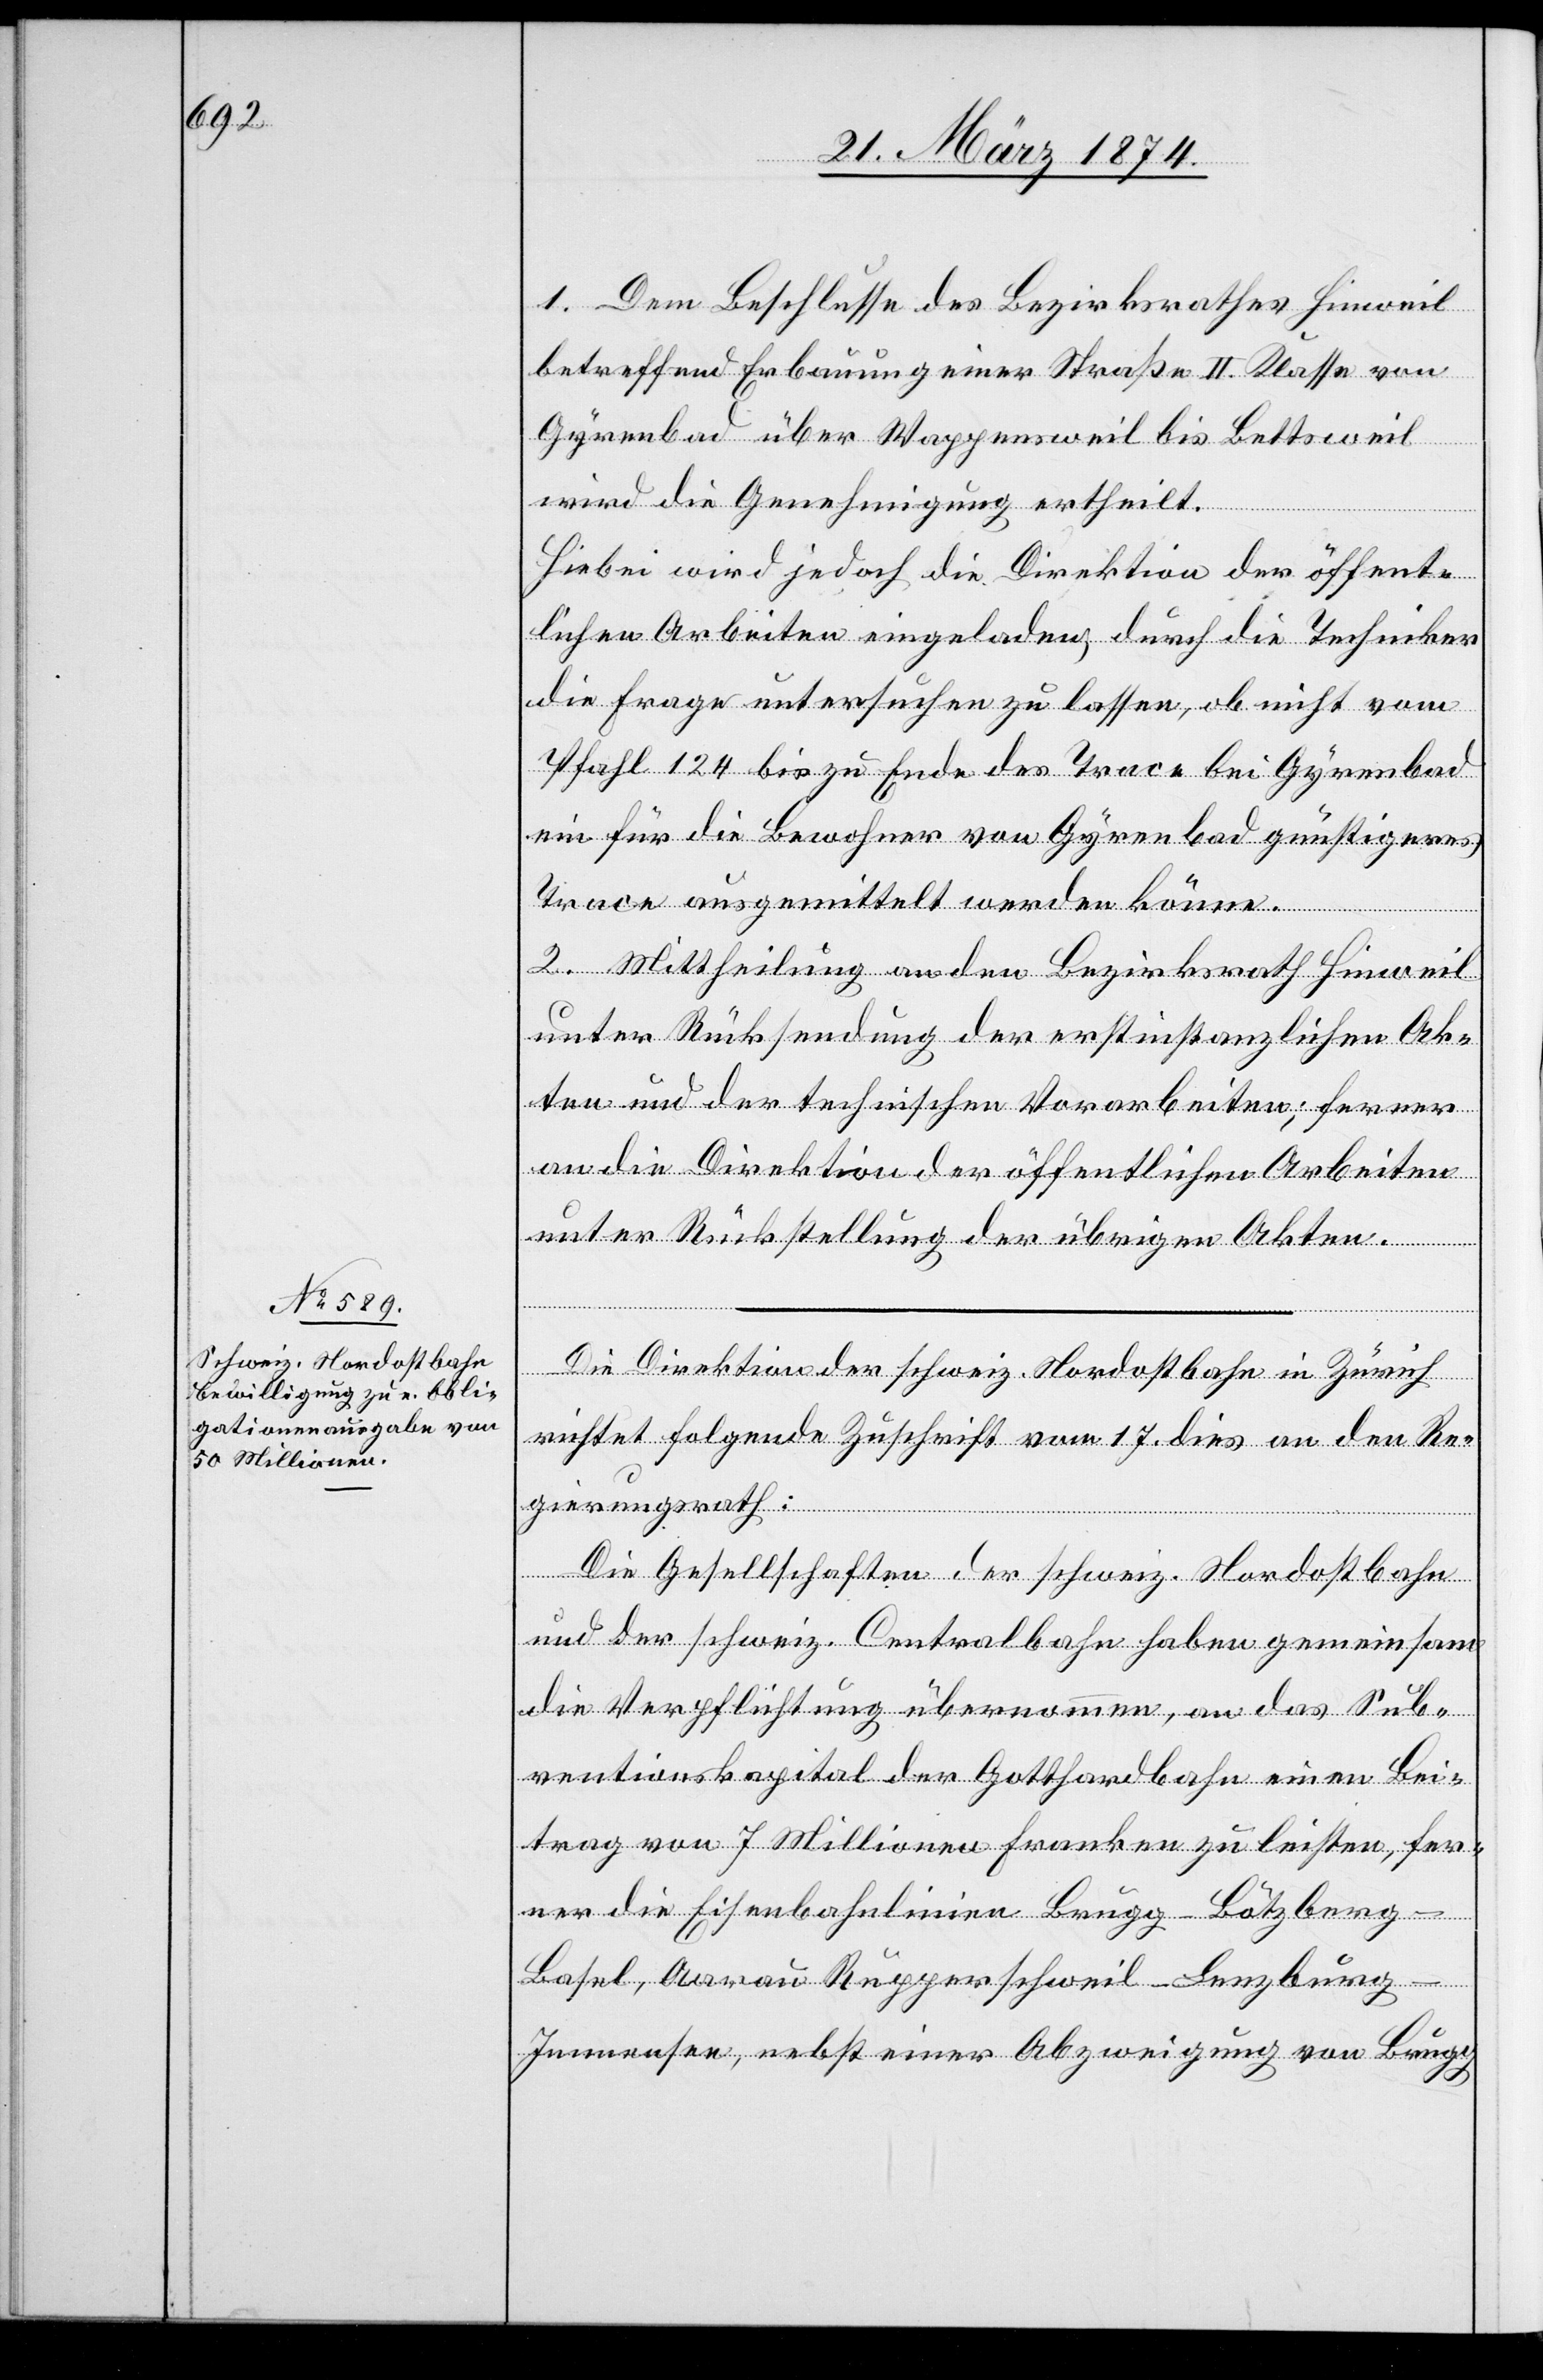
1. Dem Beschlusse des Bezirksrathes Hinweil
betreffend Erbauung einer Straße II. Klasse von
Gyrenbad über Wappensweil bis Bettsweil
wird die Genehmigung ertheilt.
Hiebei wird jedoch die Direktion der öffent¬
lichen Arbeiten eingeladen, durch die Techniker
die Frage untersuchen zu lassen, ob nicht vom
Pfahl 124 bis zu Ende des Trace bei Gyrenbad
ein für die Bewohner von Gyrenbad günstigeres
Trace ausgemittelt werden könne.
2. Mittheilung an den Bezirksrath Hinweil
unter Rücksendung der erstinstanzlichen Ak¬
ten und der technischen Vorarbeiten; ferner
an die Direktion der öffentlichen Arbeiten
unter Rückstellung der übrigen Akten.
Die Direktion der schweiz. Nordostbahn in Zürich
richtet folgende Zuschrift vom 17. dies an den Re¬
gierungsrath:
Die Gesellschaften der schweiz. Nordostbahn
und der schweiz. Centralbahn haben gemeinsam
die Verpflichtung übernommen, an das Sub¬
ventionskapital der Gotthardbahn einen Bei¬
trag von 7 Millionen Franken zu leisten, fer¬
ner die Eisenbahnlinien Brugg-Lötzberg-B¬
asel, Aarau [-] Rupperschweil-Lenzburg-I¬
mmensee, nebst einer Abzweigung von Brugg